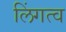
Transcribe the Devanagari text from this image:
लिंगत्व